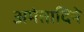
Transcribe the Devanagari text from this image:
अमंतादिने